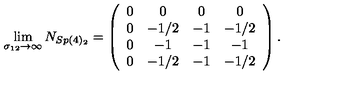
\lim _ { \sigma _ { 1 2 } \rightarrow \infty } N _ { S p ( 4 ) _ { 2 } } = \left( \begin{array} { c c c c } { 0 } & { 0 } & { 0 } & { 0 } \\ { 0 } & { - 1 / 2 } & { - 1 } & { - 1 / 2 } \\ { 0 } & { - 1 } & { - 1 } & { - 1 } \\ { 0 } & { - 1 / 2 } & { - 1 } & { - 1 / 2 } \\ \end{array} \right) .